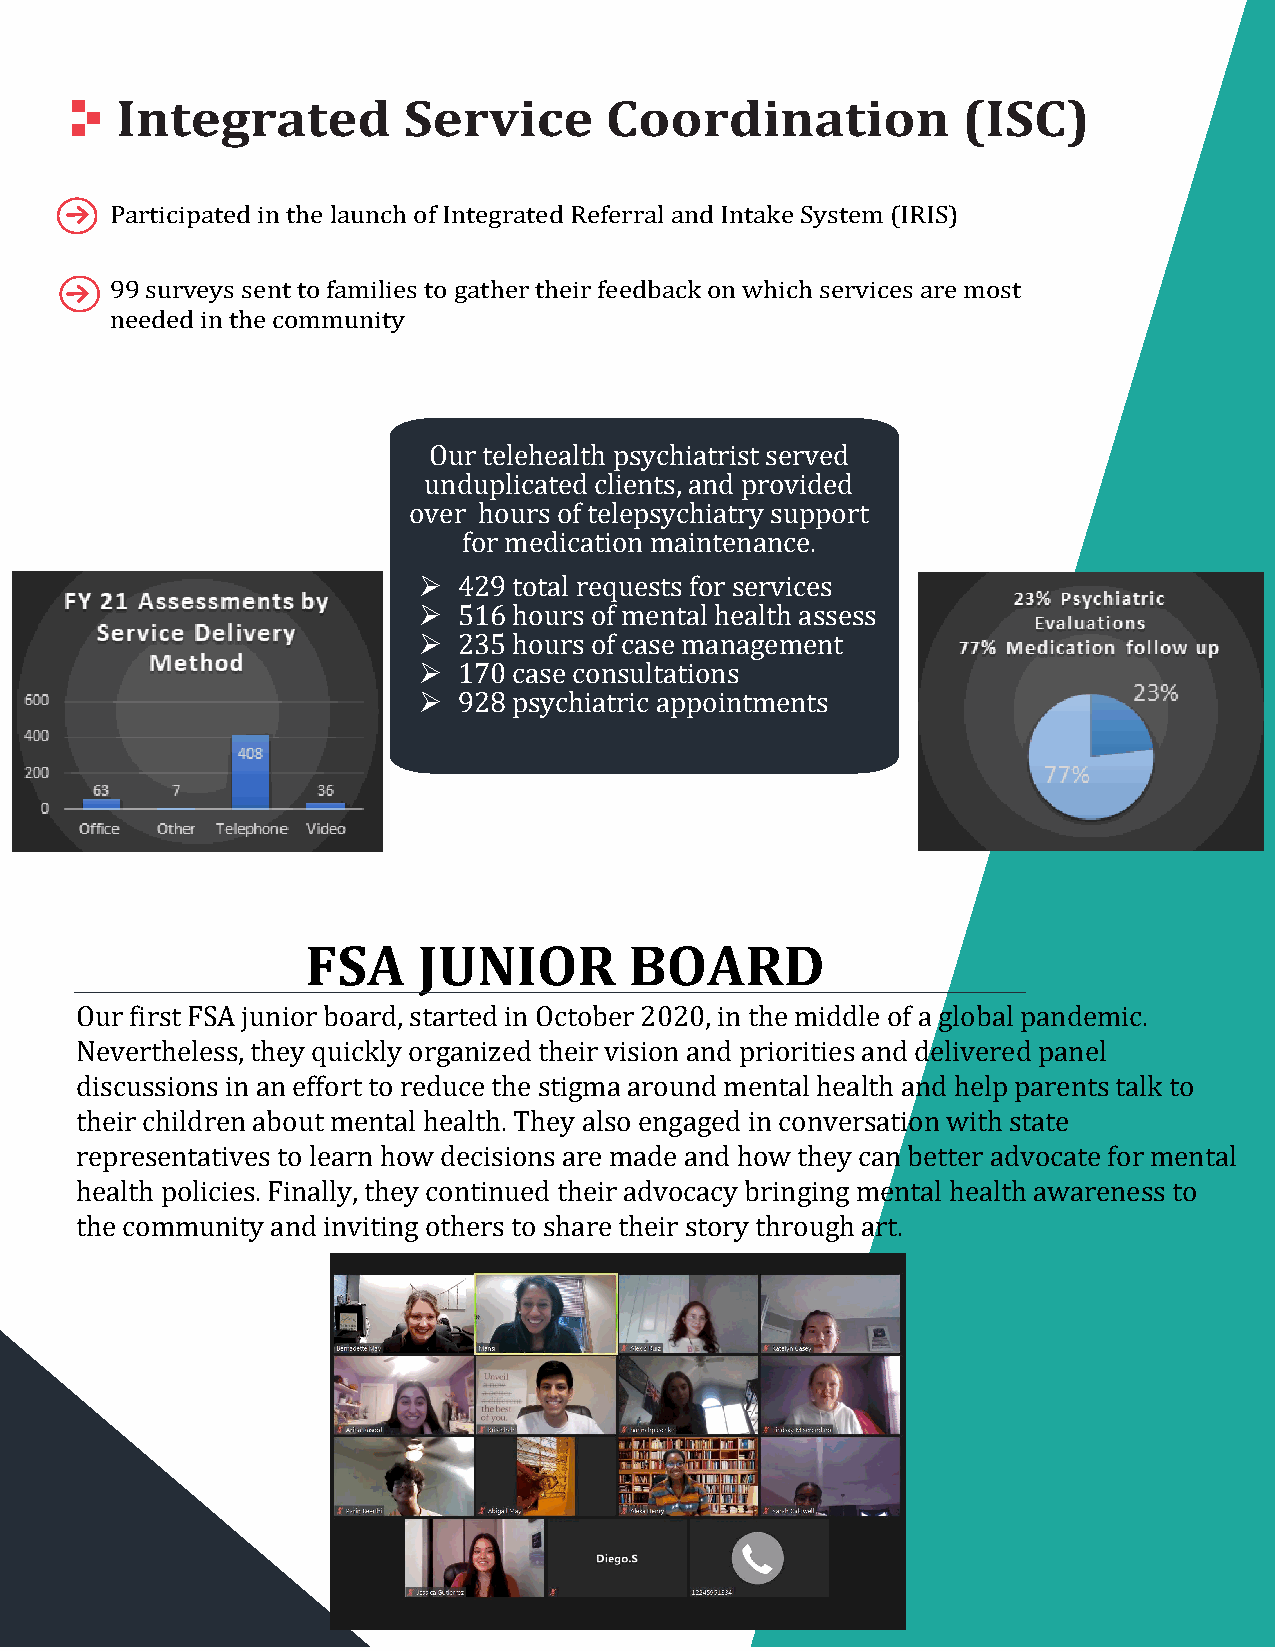
Integrated         Service      Coordination            (ISC)
 Participated in the launch of Integrated Referral and Intake System (IRIS)
 99 surveys sent to families to gather their feedback on which services are most
 needed in the community
 Our telehealth psychiatrist served
 unduplicated clients, and provided
 over hours of telepsychiatry support
 
 for medication maintenance.
 
 
 429 total requests for services
 
 516 hours of mental health assess
 
 235 hours of case management
 170 case consultations
 928 psychiatric appointments
 FSA     JUNIOR        BOARD
 Our first FSA junior board, started in October 2020, in the middle of a global pandemic.
 Nevertheless, they quickly organized their vision and priorities and delivered panel
 discussions in an effort to reduce the stigma around mental health and help parents talk to
 their children about mental health. They also engaged in conversation with state
 representatives to learn how decisions are made and how they can better advocate for mental
 health policies. Finally, they continued their advocacy bringing mental health awareness to
 the community and inviting others to share their story through art.